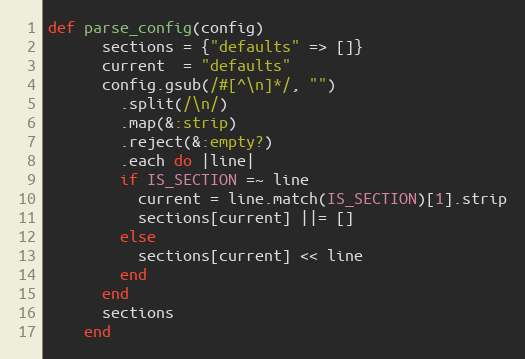
Language: Ruby
def parse_config(config)
      sections = {"defaults" => []}
      current  = "defaults"
      config.gsub(/#[^\n]*/, "")
        .split(/\n/)
        .map(&:strip)
        .reject(&:empty?)
        .each do |line|
        if IS_SECTION =~ line
          current = line.match(IS_SECTION)[1].strip
          sections[current] ||= []
        else
          sections[current] << line
        end
      end
      sections
    end